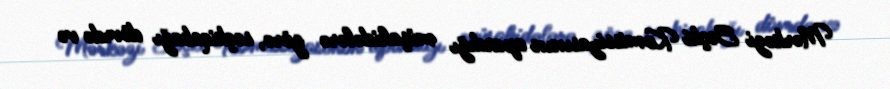
Mərkəzi Seçki Komissiyasının apardığı müşahidələrə görə, seçkiqabağı dövrdə və